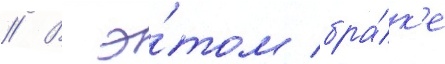
// В э́том бра́к'е